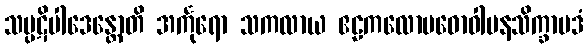
သမ္ပဋိပါဒေန္တောတိ အင်္ကုရော သကလာယ ဧဠကလောမဓောဝါပနသိက္ခာပဒံ